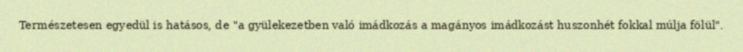
Természetesen egyedül is hatásos, de "a gyülekezetben való imádkozás a magányos imádkozást huszonhét fokkal múlja fölül".